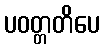
ပဝတ္တတိပေ